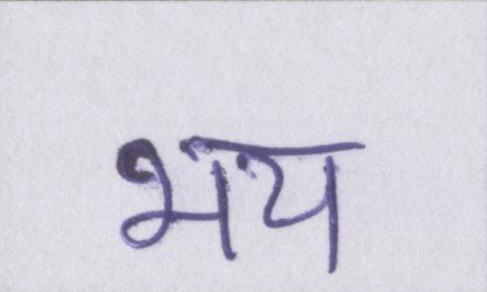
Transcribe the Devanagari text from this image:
भय